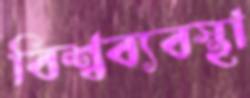
বিশ্বব্যবস্থা